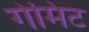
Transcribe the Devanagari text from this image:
गेमिट